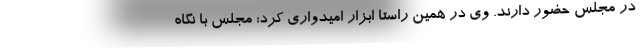
در مجلس حضور دارند. وی در همین راستا ابزار امیدواری کرد: مجلس با نگاه